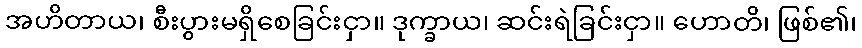
အဟိတာယ၊ စီးပွားမရှိစေခြင်းငှာ။ ဒုက္ခာယ၊ ဆင်းရဲခြင်းငှာ။ ဟောတိ၊ ဖြစ်၏၊